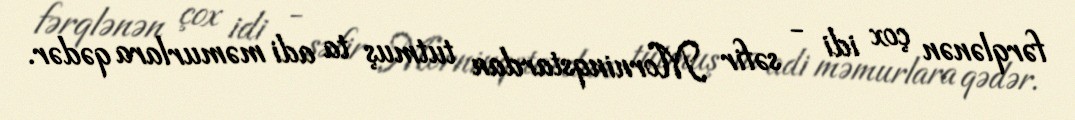
fərqlənən çox idi - səfir Morninqstardan tutmuş ta adi məmurlara qədər.